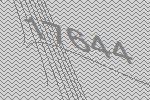
17644